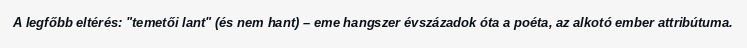
A legfőbb eltérés: "temetői lant" (és nem hant) – eme hangszer évszázadok óta a poéta, az alkotó ember attribútuma.